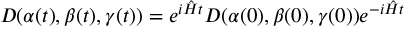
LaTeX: D ( \alpha ( t ) , \beta ( t ) , \gamma ( t ) ) = e ^ { i \hat { H } t } D ( \alpha ( 0 ) , \beta ( 0 ) , \gamma ( 0 ) ) e ^ { - i \hat { H } t }